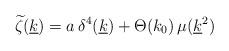
LaTeX: \begin{align*}\widetilde \zeta(\underline k)=a\,\delta^4(\underline k)+\Theta(k_0)\,\mu(\underline k^2)\end{align*}